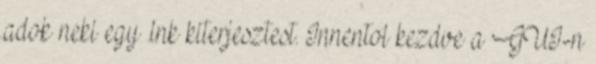
adok neki egy .lnk kiterjesztest. Innentol kezdve a GUI-n